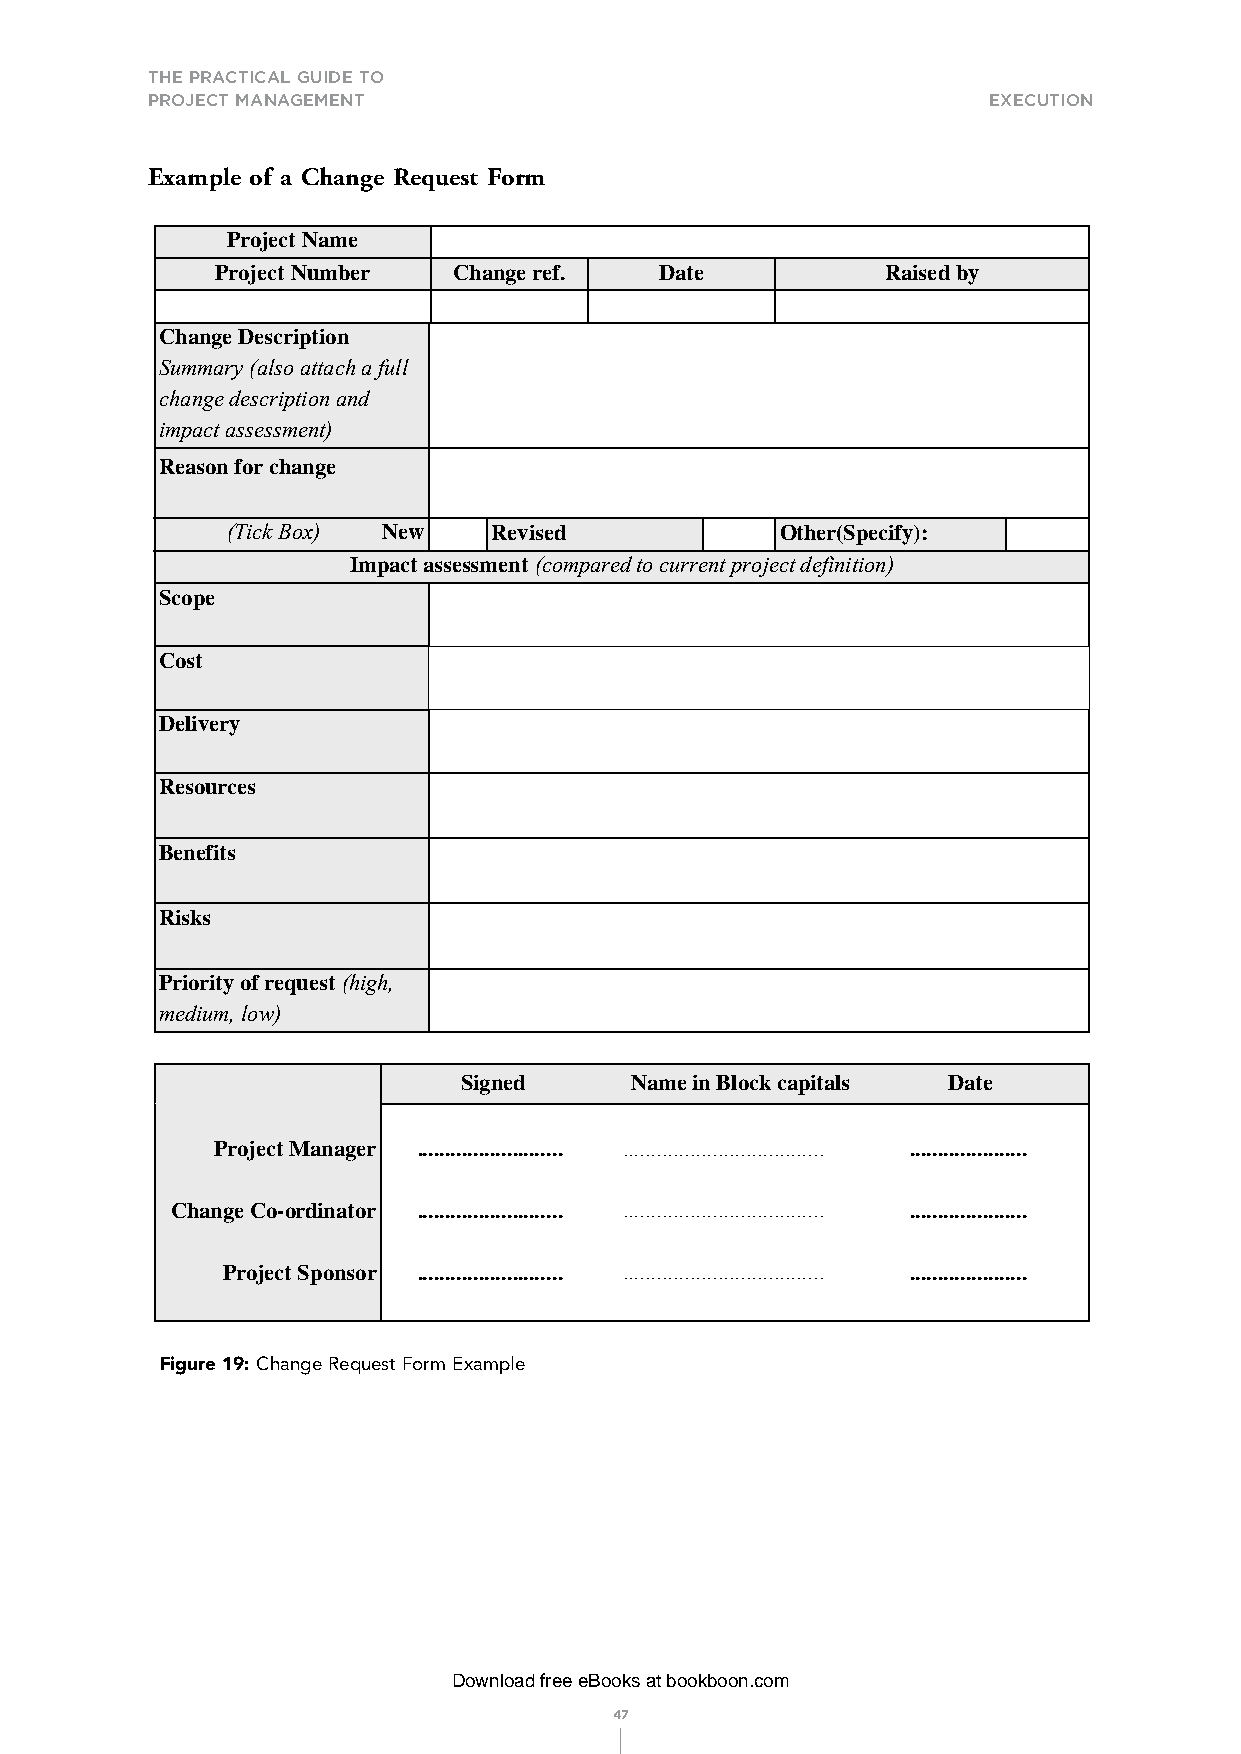
THE PRACTICAL GUIDE TO
 PROJECT MANAGEMENT                                     exeCutIon
 Example of a Change Request Form
 Project Name
 Project Number  Change ref.   Date           Raised by
 Change Description
 Summary (also attach a full
 change description and
 impact assessment)
 Reason for change
 (Tick Box) New   Revised             Other(Specify):
 Impact assessment (compared to current project definition)
 Scope
 Cost
 Delivery
 Resources
 Benefits
 Risks
 Priority of request (high,
 medium, low)
 Signed      Name in Block capitals Date
 Project Manager .......................... .................................... .....................
 Change Co-ordinator .......................... .................................... .....................
 Project Sponsor .......................... .................................... .....................
 Figure 19: Change Request Form Example
 Download free eBooks at bookboon.com
 47